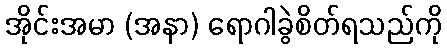
အိုင်းအမာ (အနာ) ရောဂါခွဲစိတ်ရသည်ကို